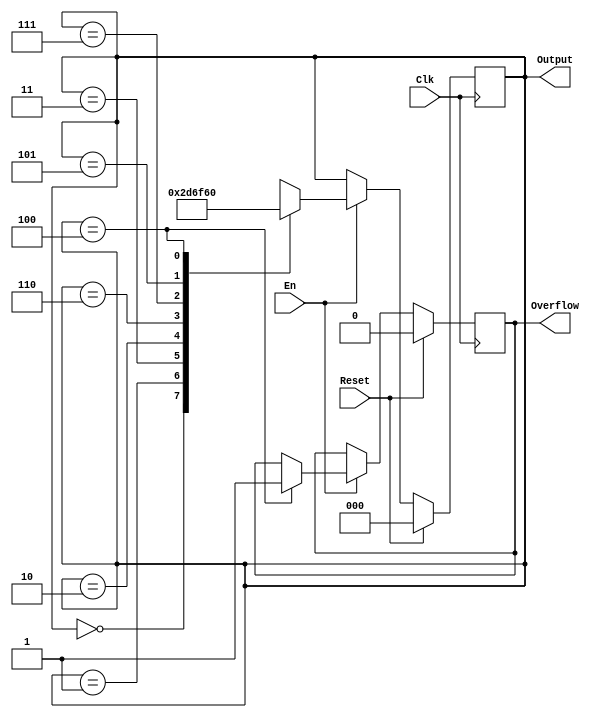
`timescale 1ns / 1ps
//////////////////////////////////////////////////////////////////////////////////
// Company: 
// Engineer: 
// 
// Design Name: 
// Module Name:    gray 
// Project Name: 
// Target Devices: 
// Tool versions: 
// Description: 
//
// Dependencies: 
//
// Revision: 
// Revision 0.01 - File Created
// Additional Comments: 
//
//////////////////////////////////////////////////////////////////////////////////
module gray(
    input Clk,
    input Reset,
    input En,
    output reg [2:0] Output,
    output reg Overflow
    );
	
	parameter G0 = 3'b000, G1 = 3'b001, G2 = 3'b011, G3 = 3'b010, G4 = 3'b110, G5 = 3'b111, G6 = 3'b101, G7 = 3'b100;
	
	initial begin
		Output <= 0;
		Overflow <= 0;
	end
	
	always @ (posedge Clk) begin
		if (Reset == 1) begin
			Output <= 0;
			Overflow <= 0;
		end
		else if (En == 1) begin
			case (Output)
				G0: Output <= G1;
				G1: Output <= G2;
				G2: Output <= G3;
				G3: Output <= G4;
				G4: Output <= G5;
				G5: Output <= G6;
				G6: Output <= G7;
				G7: begin
					Output <= G0;
					Overflow <= 1;
				end
			endcase
		end
	end

endmodule